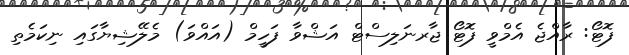
ފޮޓޯ: ރާއްޖެ އެމްވީ ފޮޓޯ ޖާރނަލިސްޓް އަޝްވާ ފަހީމް (އައްވަ) މެލޭޝިޔާގައި ނިކަމެތި